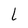
Character: 1